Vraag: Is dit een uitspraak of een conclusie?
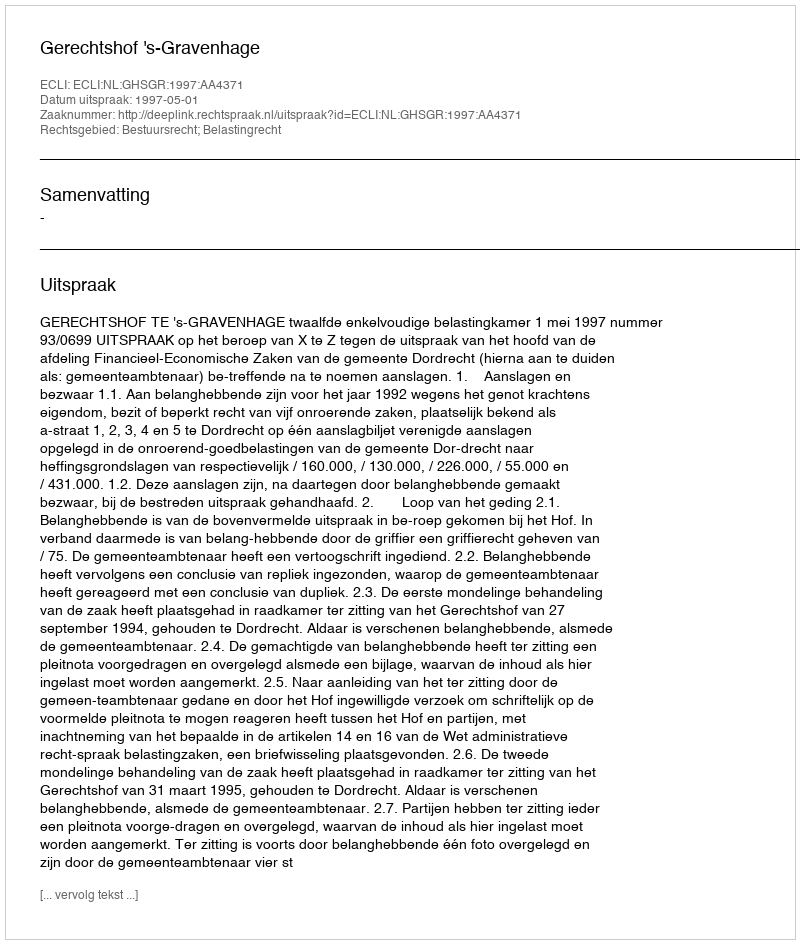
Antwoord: Uitspraak